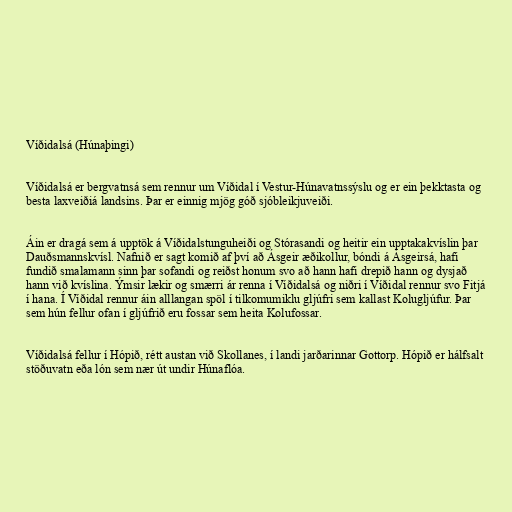
Víðidalsá (Húnaþingi)

Víðidalsá er bergvatnsá sem rennur um Víðidal í Vestur-Húnavatnssýslu og er ein þekktasta og
besta laxveiðiá landsins. Þar er einnig mjög góð sjóbleikjuveiði.

Áin er dragá sem á upptök á Víðidalstunguheiði og Stórasandi og heitir ein upptakakvíslin þar
Dauðsmannskvísl. Nafnið er sagt komið af því að Ásgeir æðikollur, bóndi á Ásgeirsá, hafi
fundið smalamann sinn þar sofandi og reiðst honum svo að hann hafi drepið hann og dysjað
hann við kvíslina. Ýmsir lækir og smærri ár renna í Víðidalsá og niðri í Víðidal rennur svo Fitjá
í hana. Í Víðidal rennur áin alllangan spöl í tilkomumiklu gljúfri sem kallast Kolugljúfur. Þar
sem hún fellur ofan í gljúfrið eru fossar sem heita Kolufossar.

Víðidalsá fellur í Hópið, rétt austan við Skollanes, í landi jarðarinnar Gottorp. Hópið er hálfsalt
stöðuvatn eða lón sem nær út undir Húnaflóa.